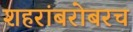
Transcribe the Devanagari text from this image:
शहरांबरोबरच